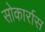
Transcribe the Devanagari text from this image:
सोकार्रास